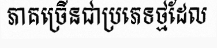
ភាគច្រើនជាប្រភេទថ្មដែល